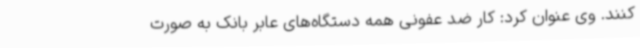
کنند. وی عنوان کرد: کار ضد عفونی همه دستگاه‌های عابر بانک به صورت